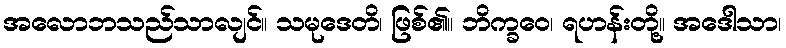
အလောဘသည်သာလျင်။ သမုဒေတိ၊ ဖြစ်၏။ ဘိက္ခဝေ၊ ရဟန်းတို့။ အဒေါသာ၊